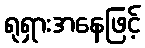
ရုရှားအနေဖြင့်